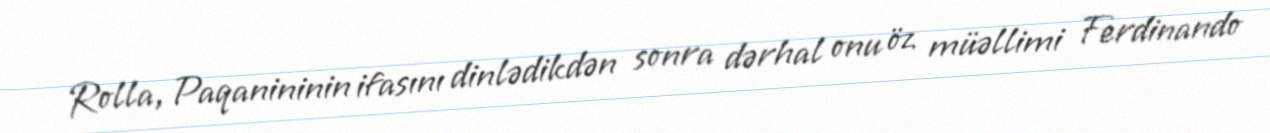
Rolla, Paqanininin ifasını dinlədikdən sonra dərhal onu öz müəllimi Ferdinando